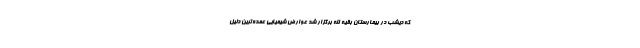
که دیشب در بیمارستان بقیه الله برگزار شد عوارض شیمیایی عمده‌ترین دلیل